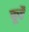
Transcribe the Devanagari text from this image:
कूरै